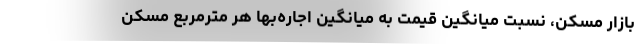
بازار مسکن، نسبت میانگین قیمت به میانگین اجاره‌بها هر مترمربع مسکن